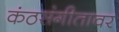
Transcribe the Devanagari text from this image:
कंठसंगीतावर